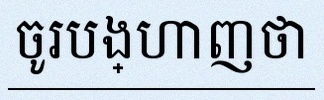
ចូរបង្ហាញថា